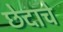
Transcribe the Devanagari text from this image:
छेदाचे